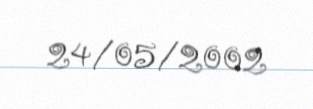
24/05/2002